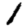
Digit: 1